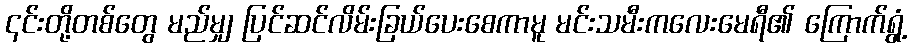
၎င်းတို့တစ်တွေ မည်မျှ ပြင်ဆင်လိမ်းခြယ်ပေးစေကာမူ မင်းသမီးကလေးမေရီ၏ ကြောက်ရွံ့